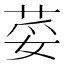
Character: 荽